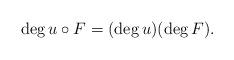
LaTeX: \begin{align*}\deg u \circ F = (\deg u)(\deg F). \end{align*}